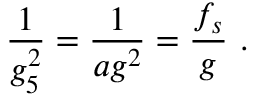
\frac { 1 } { g _ { 5 } ^ { 2 } } = \frac { 1 } { a g ^ { 2 } } = \frac { f _ { s } } { g } \ .